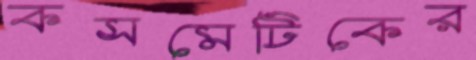
কসমেটিকের